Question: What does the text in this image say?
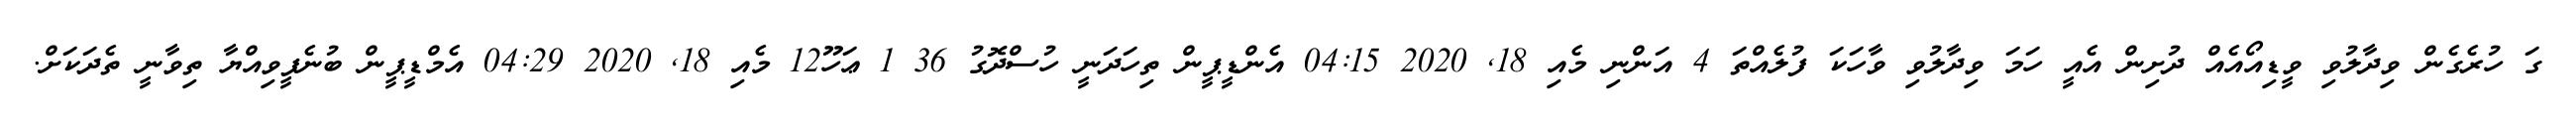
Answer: ގަ ހުރެގެން ވިދާލުވި ވީޑިއޯއެއް ދުށިން އެއީ ހަމަ ވިދާލުވި ވާހަކަ ފުލެއްތަ 4 އަންނި މެއި 18, 2020 04:15 އެންޑީޕީން ތިހަދަނީ ހުސްދޮގު 36 1 ޢަހޫ12 މެއި 18, 2020 04:29 އެމްޑީޕީން ބުނެފީވިއްޔާ ތިވާނީ ތެދަކަށް.